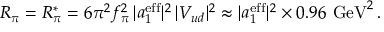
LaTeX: R _ { \pi } = R _ { \pi } ^ { * } = 6 \pi ^ { 2 } f _ { \pi } ^ { 2 } \, | a _ { 1 } ^ { \mathrm { e f f } } | ^ { 2 } \, | V _ { u d } | ^ { 2 } \approx | a _ { 1 } ^ { \mathrm { e f f } } | ^ { 2 } \times 0 . 9 6 ~ \mathrm { G e V } ^ { 2 } \, .